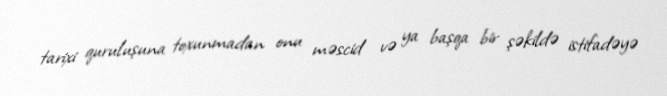
tarixi quruluşuna toxunmadan onu məscid və ya başqa bir şəkildə istifadəyə